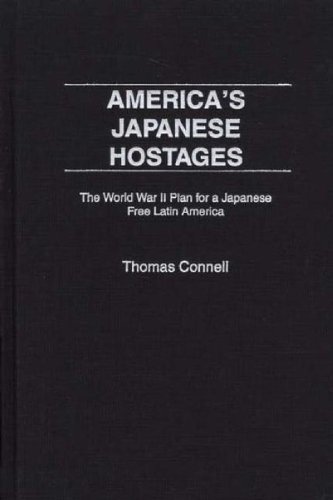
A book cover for America's Japanese Hostages: Peruvian Japanese in the United States During World War Two (Praeger Studies on Ethnic and National Identities in Politics); Thomas Connell; History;